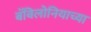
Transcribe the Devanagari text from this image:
बॅबिलोनियाच्या